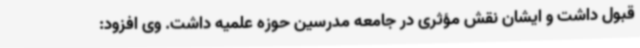
قبول داشت و ایشان نقش مؤثری در جامعه مدرسین حوزه علمیه داشت. وی افزود: